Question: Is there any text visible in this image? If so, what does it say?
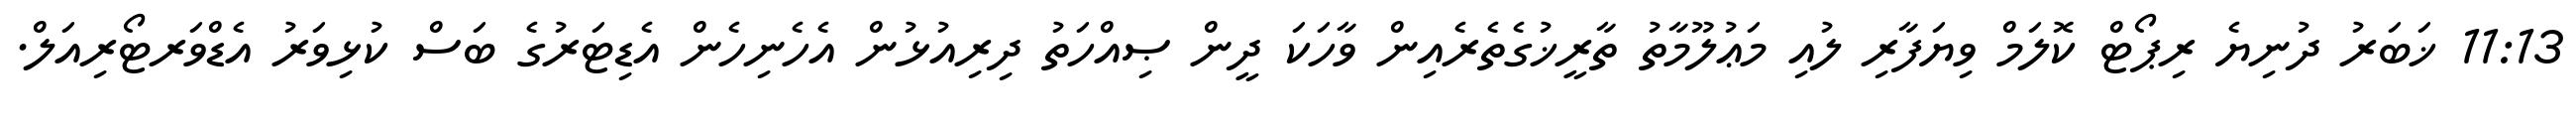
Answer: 11:13 ޚަބަރު ދުނިޔެ ރިޕޯޓް ކޮލަމް ވިޔަފާރި ލުއި މަޢުލޫމާތު ތާރީޚުގެތެރެއިން ވާހަކަ ދީން ޞިއްހަތު ދިރިއުޅުން އެހެނިހެން އެޑިޓަރުގެ ބަސް ކުޅިވަރު އެޑްވަރޓޯރިއަލް.